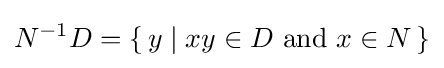
N^{-1}D=\{\,y\mid xy\in D~{\textrm {and}}~x\in N\,\}